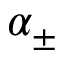
\alpha _ { \pm }